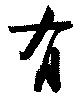
有